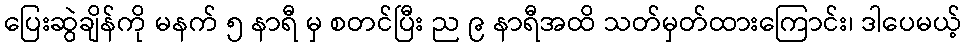
ပြေးဆွဲချိန်ကို မနက် ၅ နာရီ မှ စတင်ပြီး ည ၉ နာရီအထိ သတ်မှတ်ထားကြောင်း၊ ဒါပေမယ့်